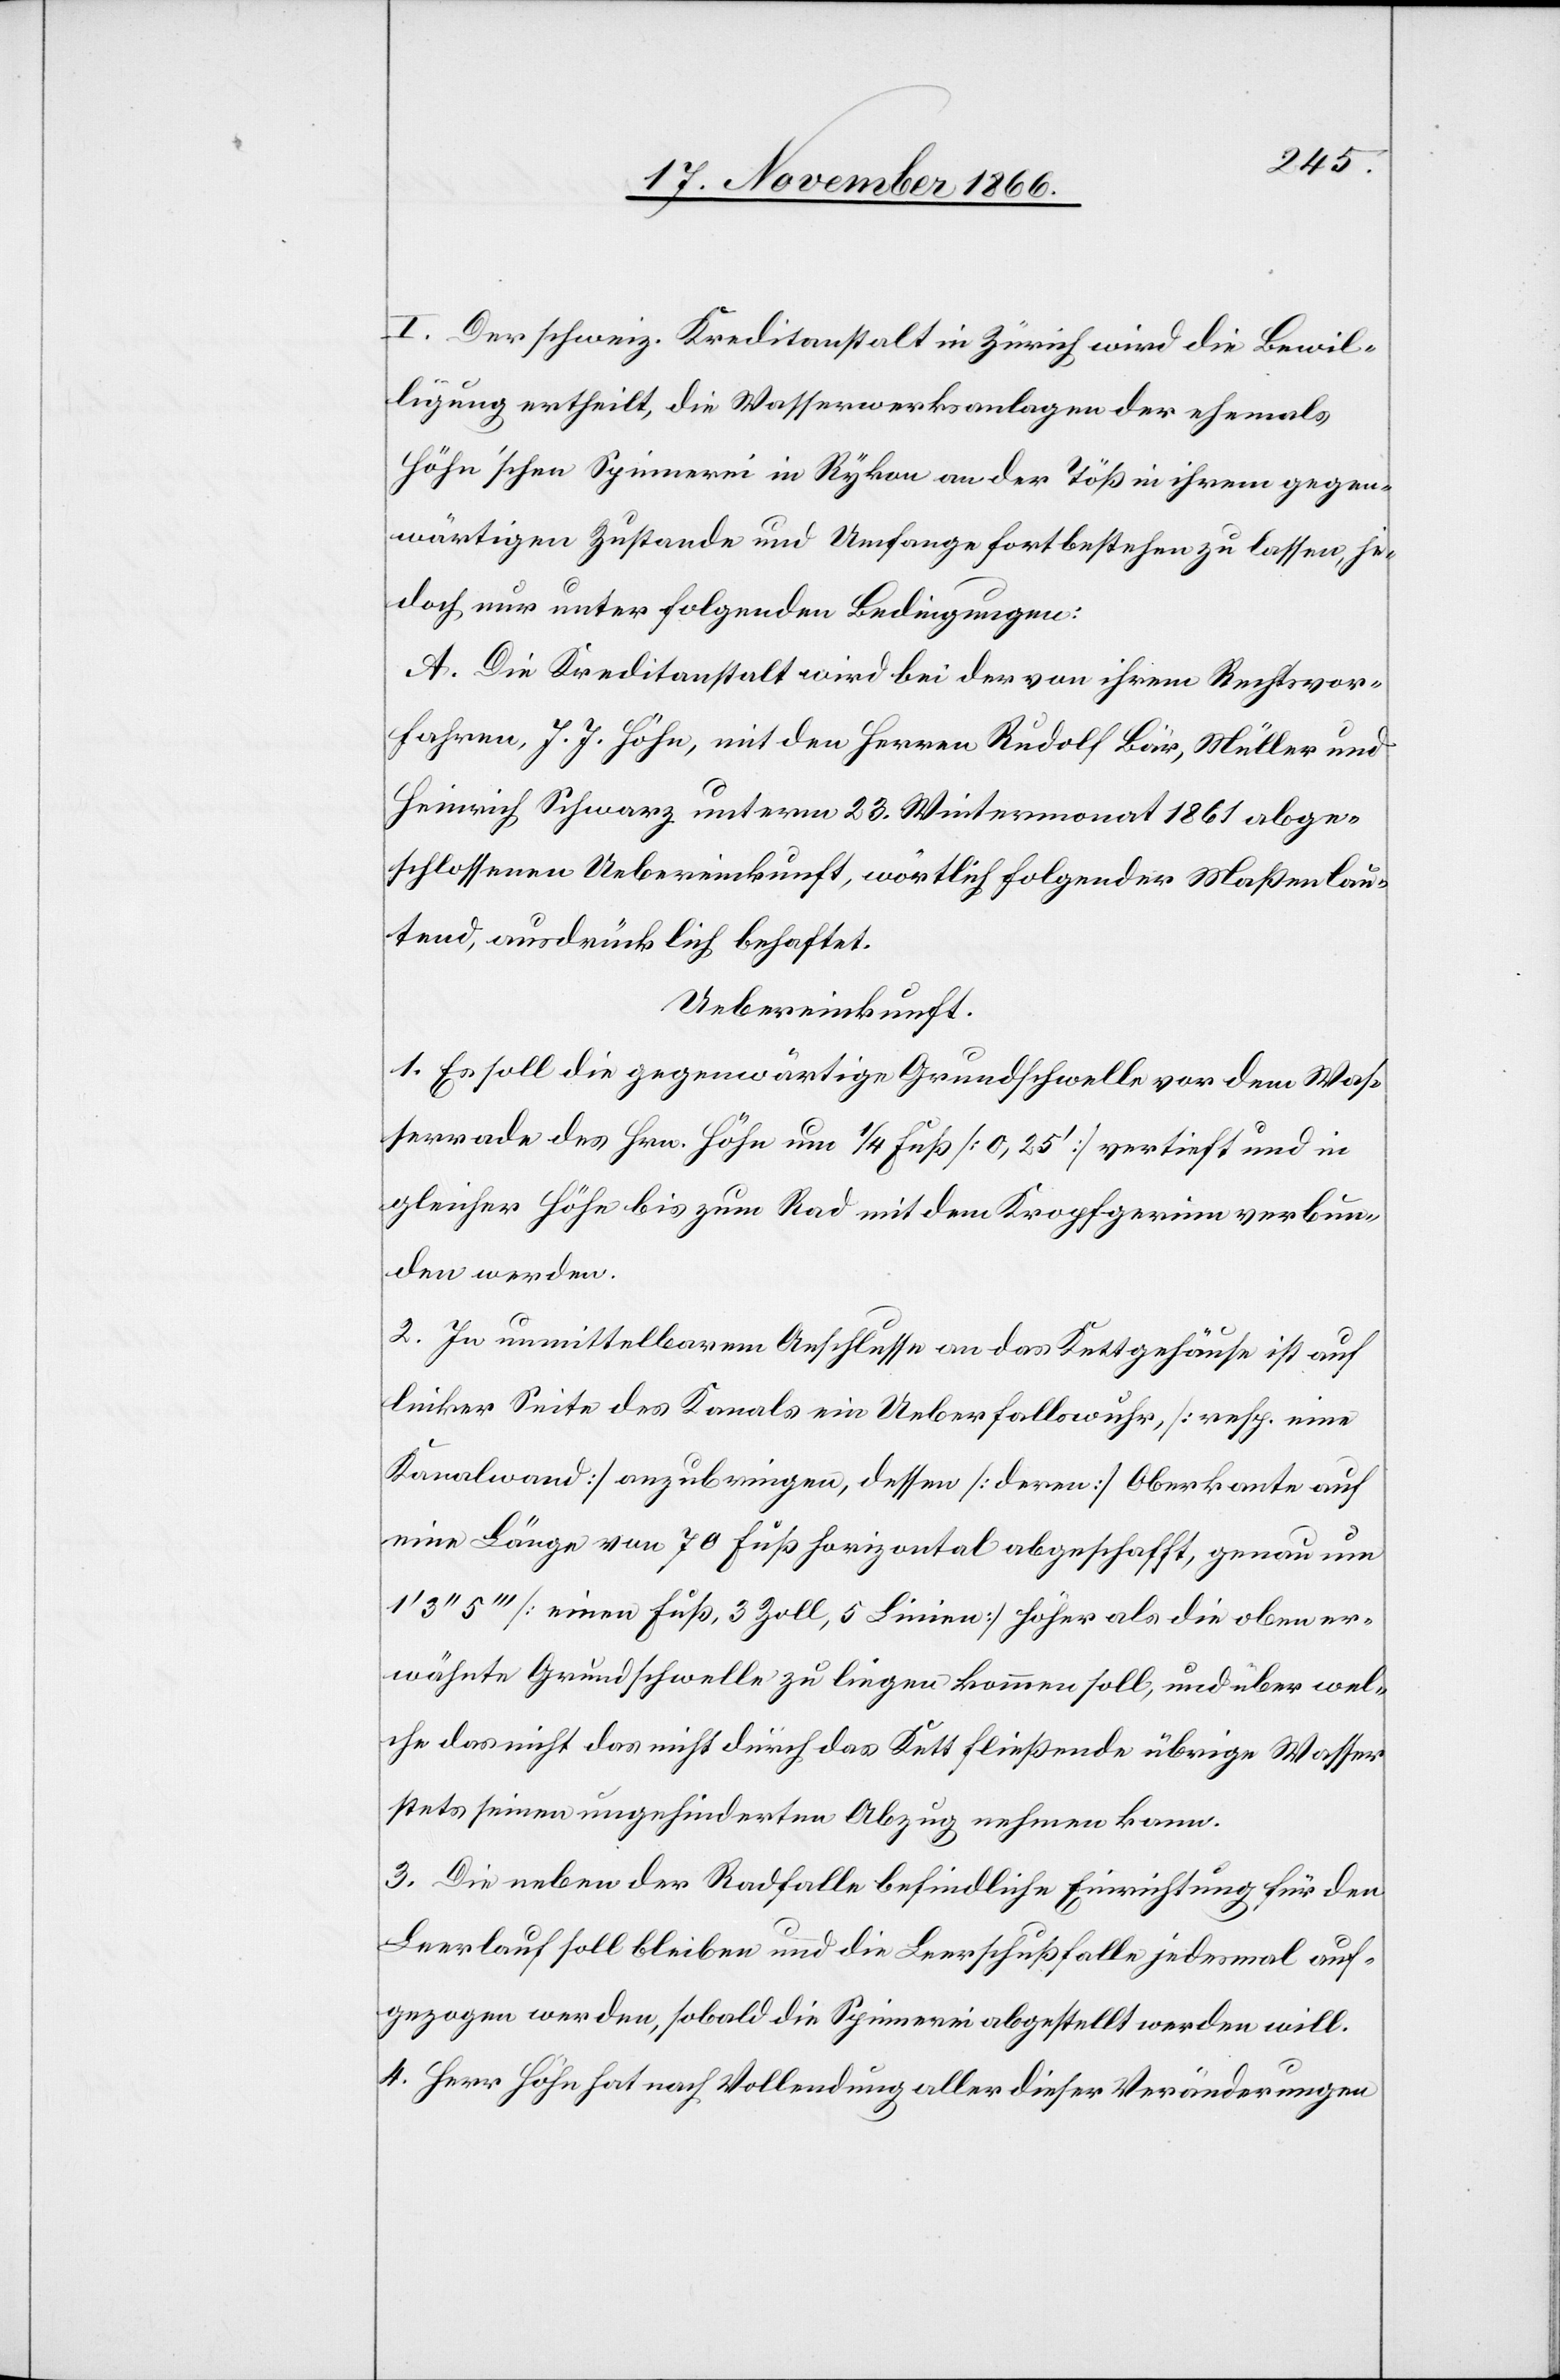
I. Der schweiz. Kreditanstalt in Zürich wird die Bewil¬
ligung ertheilt, die Wasserwerksanlagen der ehemals
Höhn’schen Spinnerei in Rykon an der Töß in ihrem gegen¬
wärtigen Zustande und Umfange fortbestehen zu lassen, je¬
doch nur unter folgenden Bedingungen:
A. Die Kreditanstalt wird bei der von ihrem Rechtsvor¬
fahren, J. J. Höhn, mit den Herren Rudolf Bär, Müller und
Heinrich Schwarz unterm 23. Wintermonat 1861 abge¬
schlossenen Uebereinkunft, wörtlich folgender Maßen lau¬
tend, ausdrücklich behaftet.
Uebereinkunft.
1. Es soll die gegenwärtige Grundschwelle vor dem Was¬
serrade des Hrn. Höhn um ¼ Fuß [0,25‘] vertieft und in
gleicher Höhe bis zum Rad mit dem Kropfgerinn verbun¬
den werden.
2. In unmittelbarem Anschlusse an das Kettgehäuse ist auf
linker Seite des Kanals ein Ueberfallswuhr, [resp. eine
Kanalwand] anzubringen, dessen [deren] Oberkante auf
eine Länge von 70 Fuß horizontal abgeschafft, genau um
5‘‘‘ [einen Fuß, 3 Zoll, 5 Linien] höher als die oben er¬
wähnte Grundschwelle zu liegen kommen soll, und über wel¬
che das nicht das nicht [sic!] durch das Kett fließende übrige Wasser
stets seinen ungehinderten Abzug nehmen kann.
3. Die neben der Radfalle befindliche Einrichtung für den
Leerlauf soll bleiben und die Leerschußfalle jedesmal auf¬
gezogen werden, sobald die Spinnerei abgestellt werden will.
4. Herr Höhn hat nach Vollendung aller dieser Veränderungen